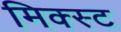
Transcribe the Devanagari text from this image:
मिक्स्ट